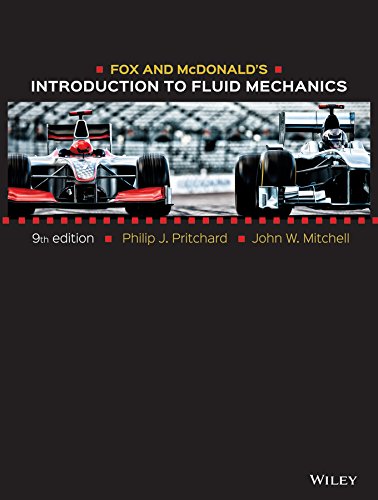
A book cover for Fox and McDonald's Introduction to Fluid Mechanics; Philip J. Pritchard; Science & Math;